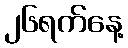
၂၆ရက်နေ့